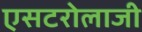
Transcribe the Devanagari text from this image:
एसटरोलाजी